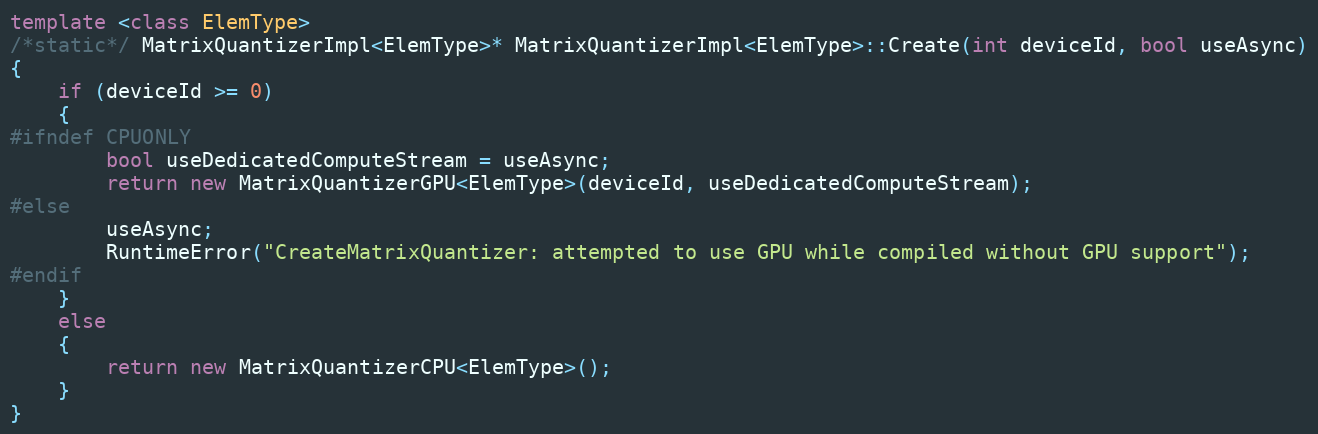
Language: C++
template <class ElemType>
/*static*/ MatrixQuantizerImpl<ElemType>* MatrixQuantizerImpl<ElemType>::Create(int deviceId, bool useAsync)
{
    if (deviceId >= 0)
    {
#ifndef CPUONLY
        bool useDedicatedComputeStream = useAsync;
        return new MatrixQuantizerGPU<ElemType>(deviceId, useDedicatedComputeStream);
#else
        useAsync;
        RuntimeError("CreateMatrixQuantizer: attempted to use GPU while compiled without GPU support");
#endif
    }
    else
    {
        return new MatrixQuantizerCPU<ElemType>();
    }
}